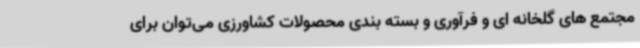
مجتمع های گلخانه ای و فرآوری و بسته بندی محصولات کشاورزی می‌توان برای